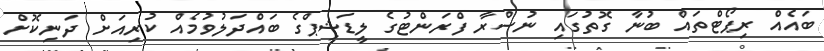
ބައެއް ރިޕޯޓްތައް ބުނާ ގޮތުގައި ނުސްރާ ފްރަންޓުގެ ލީޑަޝިޕްގެ ބައްދަލުވުމެއް ކުރިއަށް ދަނިކޮށް